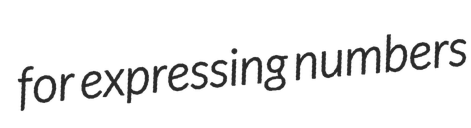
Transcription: for expressing numbers